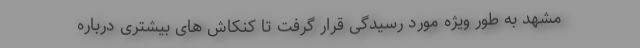
مشهد به طور ویژه مورد رسیدگی قرار گرفت تا کنکاش های بیشتری درباره